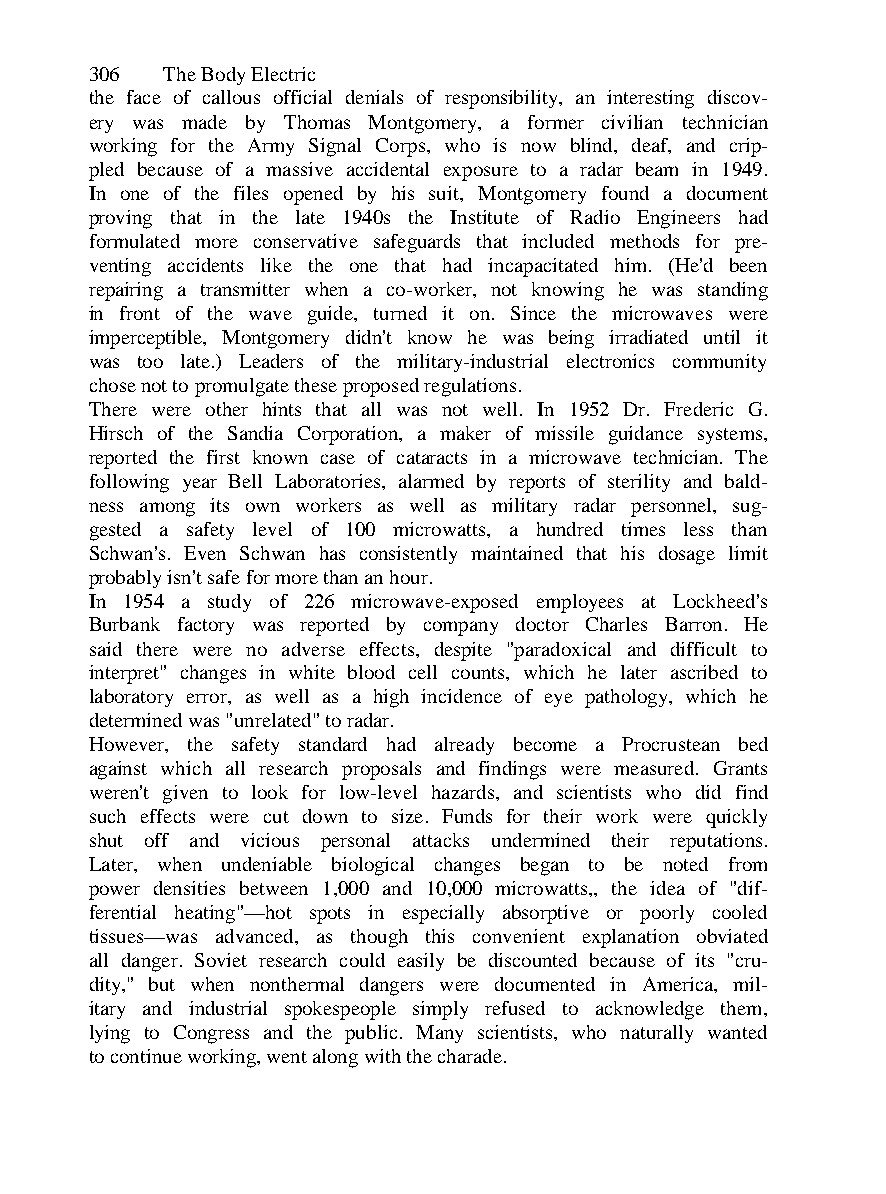
306  The Body Electric
 the face of callous official denials of responsibility, an interesting discov-
 ery was made by Thomas Montgomery, a former civilian technician
 working for the Army Signal Corps, who is now blind, deaf, and crip-
 pled because of a massive accidental exposure to a radar beam in 1949.
 In one of the files opened by his suit, Montgomery found a document
 proving that in the late 1940s the Institute of Radio Engineers had
 formulated more conservative safeguards that included methods for pre-
 venting accidents like the one that had incapacitated him. (He'd been
 repairing a transmitter when a co-worker, not knowing he was standing
 in front of the wave guide, turned it on. Since the microwaves were
 imperceptible, Montgomery didn't know he was being irradiated until it
 was too late.) Leaders of the military-industrial electronics community
 chose not to promulgate these proposed regulations.
 There were other hints that all was not well. In 1952 Dr. Frederic G.
 Hirsch of the Sandia Corporation, a maker of missile guidance systems,
 reported the first known case of cataracts in a microwave technician. The
 following year Bell Laboratories, alarmed by reports of sterility and bald-
 ness among its own workers as well as military radar personnel, sug-
 gested a safety level of 100 microwatts, a hundred times less than
 Schwan's. Even Schwan has consistently maintained that his dosage limit
 probably isn't safe for more than an hour.
 In 1954 a study of 226 microwave-exposed employees at Lockheed's
 Burbank factory was reported by company doctor Charles Barron. He
 said there were no adverse effects, despite "paradoxical and difficult to
 interpret" changes in white blood cell counts, which he later ascribed to
 laboratory error, as well as a high incidence of eye pathology, which he
 determined was "unrelated" to radar.
 However, the safety standard had already become a Procrustean bed
 against which all research proposals and findings were measured. Grants
 weren't given to look for low-level hazards, and scientists who did find
 such effects were cut down to size. Funds for their work were quickly
 shut off and vicious personal attacks undermined their reputations.
 Later, when undeniable biological changes began to be noted from
 power densities between 1,000 and 10,000 microwatts,, the idea of "dif-
 ferential heating"—hot spots in especially absorptive or poorly cooled
 tissues—was advanced, as though this convenient explanation obviated
 all danger. Soviet research could easily be discounted because of its "cru-
 dity," but when nonthermal dangers were documented in America, mil-
 itary and industrial spokespeople simply refused to acknowledge them,
 lying to Congress and the public. Many scientists, who naturally wanted
 to continue working, went along with the charade.